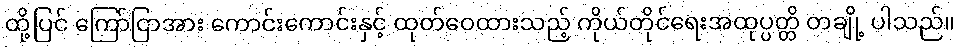
ထို့ပြင် ကြော်ငြာအား ကောင်းကောင်းနှင့် ထုတ်ဝေထားသည့် ကိုယ်တိုင်ရေးအထုပ္ပတ္တိ တချို့ ပါသည်။